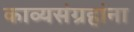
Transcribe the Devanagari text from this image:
काव्यसंग्रहांना